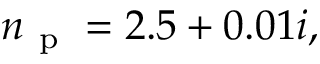
n _ { \mathrm { ~ p ~ } } = 2 . 5 + 0 . 0 1 i ,